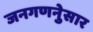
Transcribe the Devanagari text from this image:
जनगणनेुसार